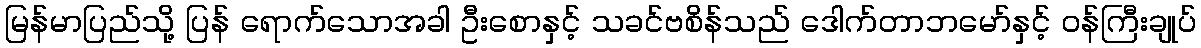
မြန်မာပြည်သို့ ပြန် ရောက်သောအခါ ဦးစောနှင့် သခင်ဗစိန်သည် ဒေါက်တာဘမော်နှင့် ဝန်ကြီးချုပ်